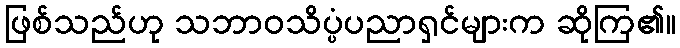
ဖြစ်သည်ဟု သဘာဝသိပ္ပံပညာရှင်များက ဆိုကြ၏။